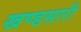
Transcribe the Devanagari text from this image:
खण्डसारी